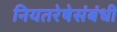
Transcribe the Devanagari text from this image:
नियतरेषेसंबंधी